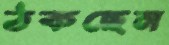
ঠকছেন